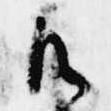
御